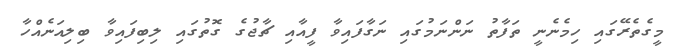
މީގެތެރޭގައި ހިމެނެނީ ތަފާތު ނަންނަމުގައި ނަގާފައިވާ ފީއާއި ޗާޖުގެ ގޮތުގައި ލިބިފައިވާ ބިލިއަނެއްހާ